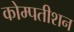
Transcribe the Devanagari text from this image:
कोम्पतीशन